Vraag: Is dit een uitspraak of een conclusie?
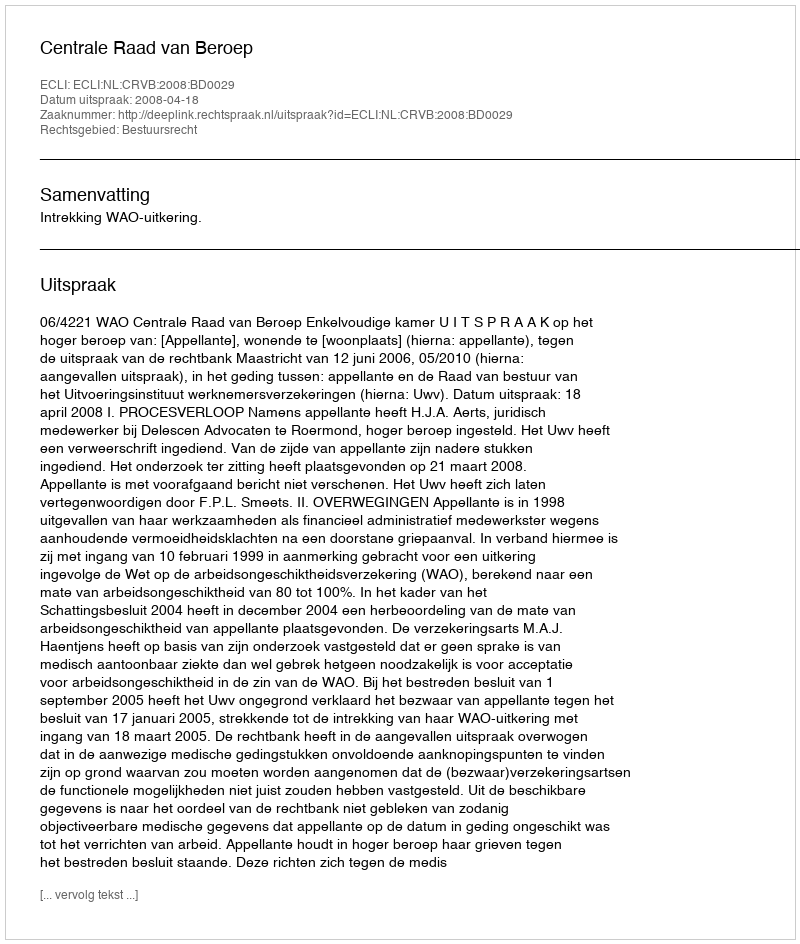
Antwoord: Uitspraak